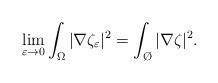
LaTeX: \begin{align*} \lim_{\varepsilon\to0} \int_\Omega |\nabla\zeta_\varepsilon|^2=\int_{\O} |\nabla\zeta|^2. \end{align*}